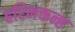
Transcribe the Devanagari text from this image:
हरिभक्तन्ह